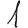
Digit: 1